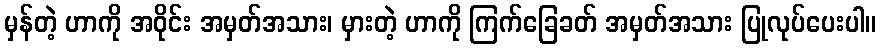
မှန်တဲ့ ဟာကို အဝိုင်း အမှတ်အသား၊ မှားတဲ့ ဟာကို ကြက်ခြေခတ် အမှတ်အသား ပြုလုပ်ပေးပါ။